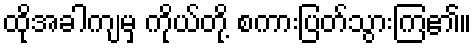
ထိုအခါကျမှ ကိုယ်တို့ စကားပြတ်သွားကြ၏။